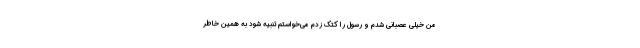
من خیلی عصبانی شدم و رسول را کتک زدم می‌خواستم تنبیه شود به همین خاطر